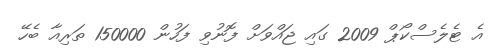
އެ ޓެލެސްކޯޕް 2009 ގައި ޖައްވަށް ފޮނުވި ފަހުން 150000 ތަރިއާ ބެހޭ